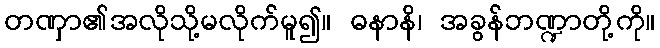
တဏှာ၏အလိုသို့မလိုက်မူ၍။ ဓနာနိ၊ အခွန်ဘဏ္ဍာတို့ကို။